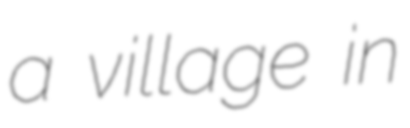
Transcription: a village in